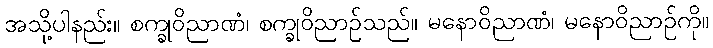
အသို့ပါနည်း။ စက္ခုဝိညာဏံ၊ စက္ခုဝိညာဉ်သည်။ မနောဝိညာဏံ၊ မနောဝိညာဉ်ကို။